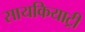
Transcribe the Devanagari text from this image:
सायकियाट्री